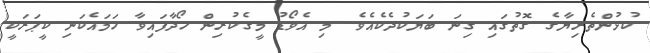
ކުޅުންތެރިޔާގެ ގޮތުގައި ގިނަ ބަޔަކުދެކެއެވެ. މި އެވޯޑު މީގެކުރިން ހޯދާފައިވާ ހަމައެކަނި ކީޕަރަކީ